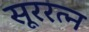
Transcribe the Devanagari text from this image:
सूररत्‍न